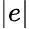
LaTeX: |e|